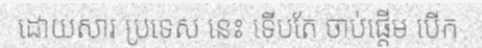
ដោយសារ ប្រទេស នេះ ទើបតែ ចាប់ផ្តើម បើក